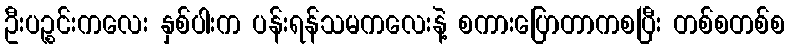
ဦးပဉ္စင်းကလေး နှစ်ပါးက ပန်းရန်သမကလေးနဲ့ စကားပြောတာကစပြီး တစ်စတစ်စ